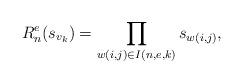
LaTeX: \begin{align*} R^e_n(s_{v_k})=\prod_{w(i,j)\in I(n,e,k)}s_{w(i,j)},\end{align*}